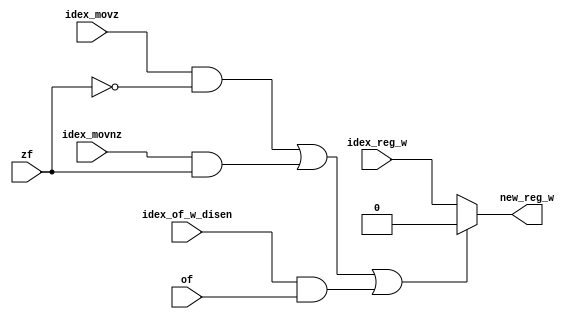
module reg_w_gen (
	input of,
	input zf,
	input idex_movz,
	input idex_movnz,
	input idex_reg_w,
	input idex_of_w_disen,
	output new_reg_w
);

assign new_reg_w = ((idex_movz && !zf) || (idex_movnz && zf) || (idex_of_w_disen && of)) ? 0 : idex_reg_w;

endmodule